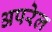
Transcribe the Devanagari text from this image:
अपरेल